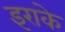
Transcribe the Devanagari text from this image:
इराके